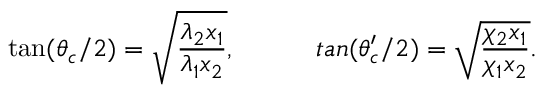
\tan ( \theta _ { c } / 2 ) = \sqrt { \frac { \lambda _ { 2 } x _ { 1 } } { \lambda _ { 1 } x _ { 2 } } } , \ \ \ \ \ \, \ \ \ \, t a n ( \theta _ { c } ^ { \prime } / 2 ) = \sqrt { \frac { \chi _ { 2 } x _ { 1 } } { \chi _ { 1 } x _ { 2 } } } .